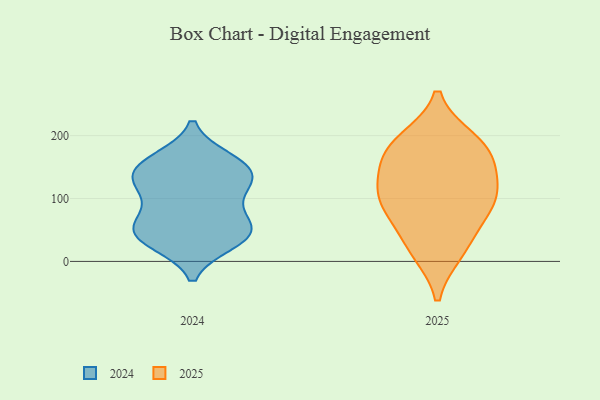
{"axis": {"x": "Revenue (USD Million)", "y": "Value"}, "legend": ["2024", "2025"], "data": [{"x": "", "y": 122, "type": "2025"}, {"x": "", "y": 111, "type": "2025"}, {"x": "", "y": 191, "type": "2025"}, {"x": "", "y": 83, "type": "2025"}, {"x": "", "y": 183, "type": "2025"}, {"x": "", "y": 172, "type": "2025"}, {"x": "", "y": 106, "type": "2025"}, {"x": "", "y": 25, "type": "2025"}, {"x": "", "y": 17, "type": "2025"}, {"x": "", "y": 165, "type": "2025"}, {"x": "", "y": 79, "type": "2025"}, {"x": "", "y": 49, "type": "2024"}, {"x": "", "y": 118, "type": "2024"}, {"x": "", "y": 150, "type": "2024"}, {"x": "", "y": 131, "type": "2024"}, {"x": "", "y": 162, "type": "2024"}, {"x": "", "y": 56, "type": "2024"}, {"x": "", "y": 128, "type": "2024"}, {"x": "", "y": 45, "type": "2024"}, {"x": "", "y": 102, "type": "2024"}, {"x": "", "y": 160, "type": "2024"}, {"x": "", "y": 142, "type": "2024"}, {"x": "", "y": 73, "type": "2024"}, {"x": "", "y": 50, "type": "2024"}, {"x": "", "y": 30, "type": "2024"}, {"x": "", "y": 30, "type": "2024"}]}